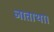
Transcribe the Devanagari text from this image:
जाताथा।